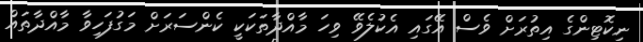
ނިކޮޓިންގެ އިތުރަށް ވެސް އޭގައި އެކުލެވޭ ވިހަ މާއްދާތަކަކީ ކެންސަރަށް މަގުފަހިވާ މާއްދާތައް